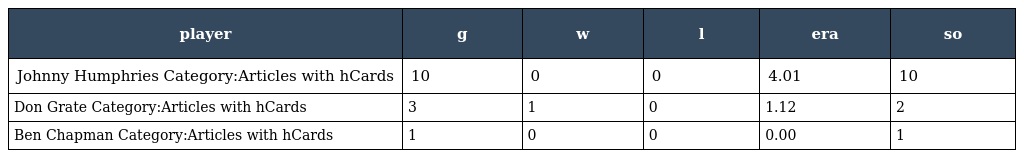
| player | g | w | l | era | so |
 | --- | --- | --- | --- | --- | --- |
 | Johnny Humphries Category:Articles with hCards | 10 | 0 | 0 | 4.01 | 10 |
 | Don Grate Category:Articles with hCards | 3 | 1 | 0 | 1.12 | 2 |
 | Ben Chapman Category:Articles with hCards | 1 | 0 | 0 | 0.00 | 1 |